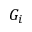
G _ { i }